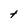
Character: t